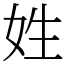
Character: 姓